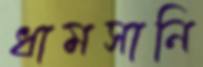
ধামসানি